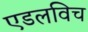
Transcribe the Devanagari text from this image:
एडलविच